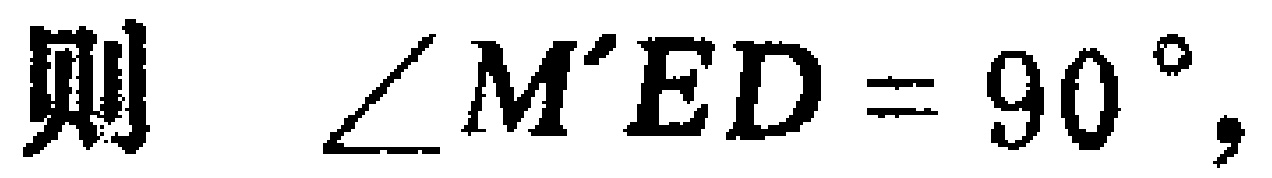
则 $\angle M'ED = 90^{\circ}$，